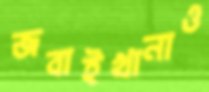
জবাইখানাও